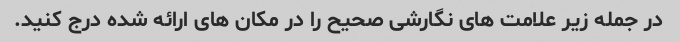
در جمله زیر علامت های نگارشی صحیح را در مکان های ارائه شده درج کنید.